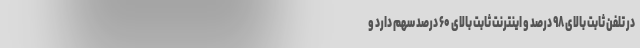
در تلفن ثابت بالای ۹۸ درصد و اینترنت ثابت بالای ۶۰ درصد سهم دارد و